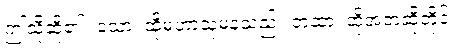
ဤသို့ဆို၏။ သော၊ ထိုမဟာသုမနသည်။ တထာ၊ ထိုအဘဆိုတိုင်း။